Indian journal of veterinary science and animal husbandry - Volume 1,
Year: 1931
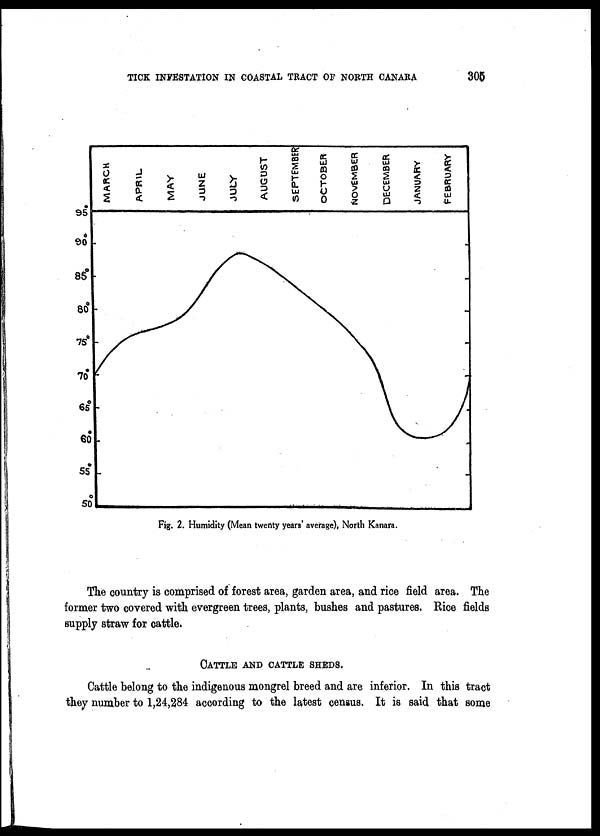
TICK INFESTATION IN COASTAL TRACT OF NORTH CANARA
305
Fig. 2. Humidity (Mean twenty years' average), North Kanara.
The country is comprised of forest area, garden area, and rice field area. The
former two covered with evergreen trees, plants, bushes and pastures. Rice fields
supply straw for cattle.
CATTLE AND CATTL
Cat t l e bel ong t o t he i ndi genous mongr el br eed and ar e i nferi or. I n t hi s t ract
they number to 1,24,284 according to the